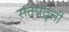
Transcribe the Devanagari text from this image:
संतप्रवृत्ती